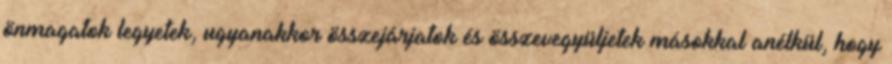
önmagatok legyetek, ugyanakkor összejárjatok és összevegyüljetek másokkal anélkül, hogy